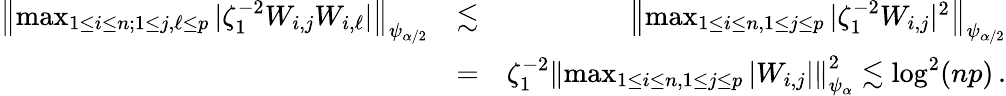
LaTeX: \begin{array}{rlr}{\left\| \operatorname*{max}_{1\leq i\leq n;1\leq j,\ell\leq p}|\zeta_{1}^{-2}W_{i,j}W_{i,\ell}|\right\| _{\psi_{\alpha/2}}}&{\lesssim}&{\left\| \operatorname*{max}_{1\leq i\leq n,1\leq j\leq p}|\zeta_{1}^{-2}W_{i,j}|^{2}\right\| _{\psi_{\alpha/2}}}\\ &{=}&{\zeta_{1}^{-2}\left\| \operatorname*{max}_{1\leq i\leq n,1\leq j\leq p}|W_{i,j}|\right\| _{\psi_{\alpha}}^{2}\lesssim\log^{2}(np)\, .}\end{array}